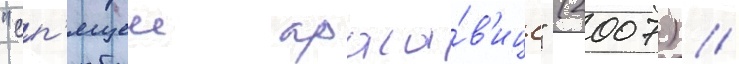
"сп'ящеи краса́в'ице" (2007) //